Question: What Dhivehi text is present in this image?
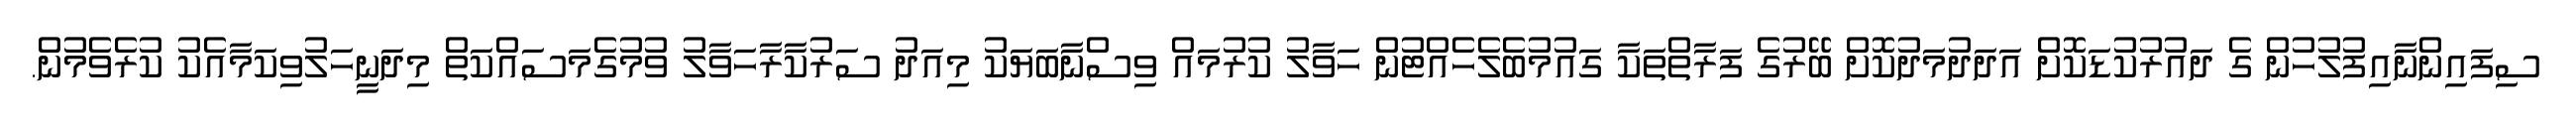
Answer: ސިފައިންނާއިފުލުހުން ގެ ދައުރުކުޑަކޮށް އަދަދުމަދުކޮށް ބޭރުގެ ފަރާތްތަކާ ގައުމުބެލެހެއްޓުން ހަވާލު ކުރުމައް ވިސްނާބަޔަކު މިއަދު ސަރުކާރާހަވާލު ވުމުގެމަސައްކަތް މިދަނީހަލުވިކަމާއެކު ކުރެވެމުން.